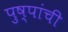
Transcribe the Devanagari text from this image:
पुष्पांची